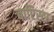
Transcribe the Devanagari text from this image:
बाप्टिस्टा